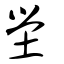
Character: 塋